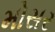
મોસર